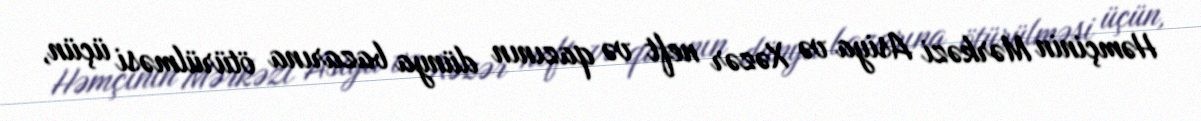
Həmçinin Mərkəzi Asiya və Xəzər neft və qazının dünya bazarına ötürülməsi üçün,